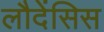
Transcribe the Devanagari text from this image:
लौदेंसिस